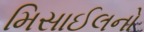
મિસાઈલનો